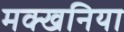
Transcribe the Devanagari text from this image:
मक्खनिया